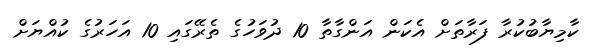
ކާމިޔާބުކުރާ ފަރާތަށް އެކަން އަންގާތާ 10 ދުވަހުގެ ތެރޭގައި 10 އަހަރުގެ ކުއްޔަށް